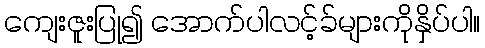
ကျေးဇူးပြု၍ အောက်ပါလင့်ခ်များကိုနှိပ်ပါ။